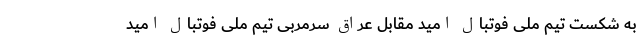
به شکست تیم ملی فوتبال امید مقابل عراق سرمربی تیم ملی فوتبال امید